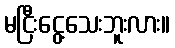
မငြီးငွေ့သေးဘူးလား။